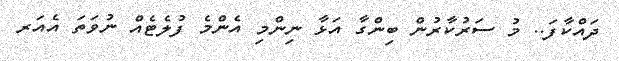
ދައްކާފަ.. މު ސަރުކާރުން ބިންގާ އަޅާ ނިންމި އެންމެ ފުލެޓެއް ނުވަތަ އެއަރ